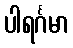
ပါရင်္ဂမာ